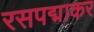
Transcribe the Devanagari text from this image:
रसपद्माकर